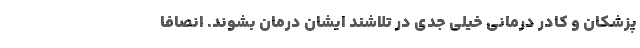
پزشکان و کادر درمانی خیلی جدّی در تلاشند ایشان درمان بشوند. انصافاً